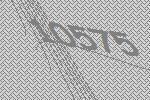
10575